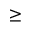
\geq